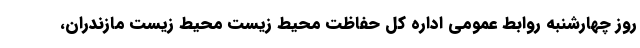
روز چهارشنبه روابط عمومی اداره کل حفاظت محیط زیست محیط زیست مازندران،